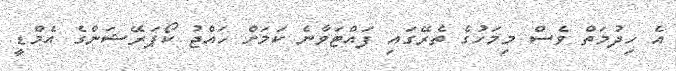
އެ ހިދުމަތް ވެސް މިމަހުގެ ތެރޭގައި ފައްޓަވާނެ ކަމަށް ހައްޖު ކޯޕަރޭޝަންގެ އެމްޑީ